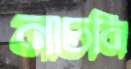
নাচনি